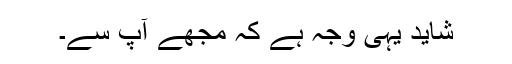
شاید یہی وجہ ہے کہ مجھے آپ سے۔